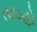
તાઇહો